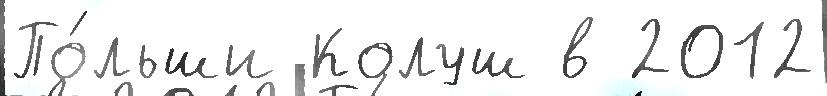
По́льши Колуш в 2012